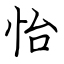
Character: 怡